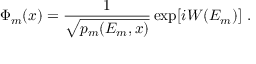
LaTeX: \Phi _ { m } ( x ) = { \frac { 1 } { \sqrt { p _ { m } ( E _ { m } , x ) } } } \exp [ i W ( E _ { m } ) ] \ .